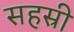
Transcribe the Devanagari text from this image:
सहस्री